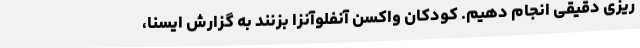
ریزی دقیقی انجام دهیم. کودکان واکسن آنفلوآنزا بزنند به گزارش ایسنا،